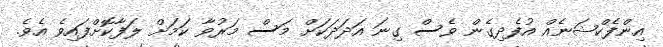
އިންފެކްޝަނެއް އުފެދިގެން ވެސް ގިނަ އަދަދަކަށް މަސް މަރުވާ ކަމަށް ލަފާކޮށްފައިވެ އެވެ.